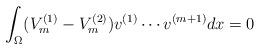
LaTeX: \begin{align*}\int_{\Omega}(V_m^{(1)}-V_m^{(2)})v^{(1)}\cdots v^{(m+1)}dx=0\end{align*}